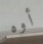
أوه